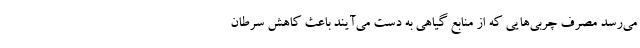
می‌رسد مصرف چربی‌هایی که از منابع گیاهی به دست می‌آیند باعث کاهش سرطان